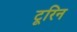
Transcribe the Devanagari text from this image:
टूरिन